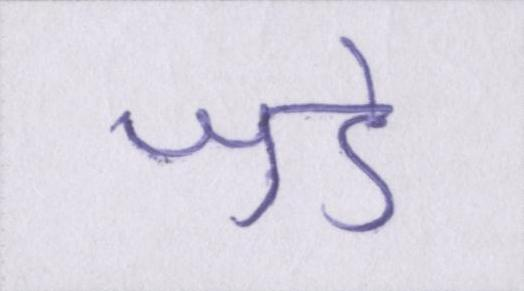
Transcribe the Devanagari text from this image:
जुडे